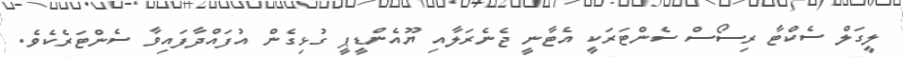
ލީގަލް ސެކްޓާ ރިސޯސް ސެންޓަރަކީ އެޓާނީ ޖެނެރަލާއި ޔޫއެންޑީޕީ ގުޅިގެން އުފައްދާފައިވާ ސެންޓަރެކެވެ.